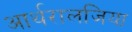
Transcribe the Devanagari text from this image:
आर्थरालजिया